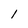
Character: 1